Report on vaccination in the Province of Bengal - 1869-1873
Year: 1869
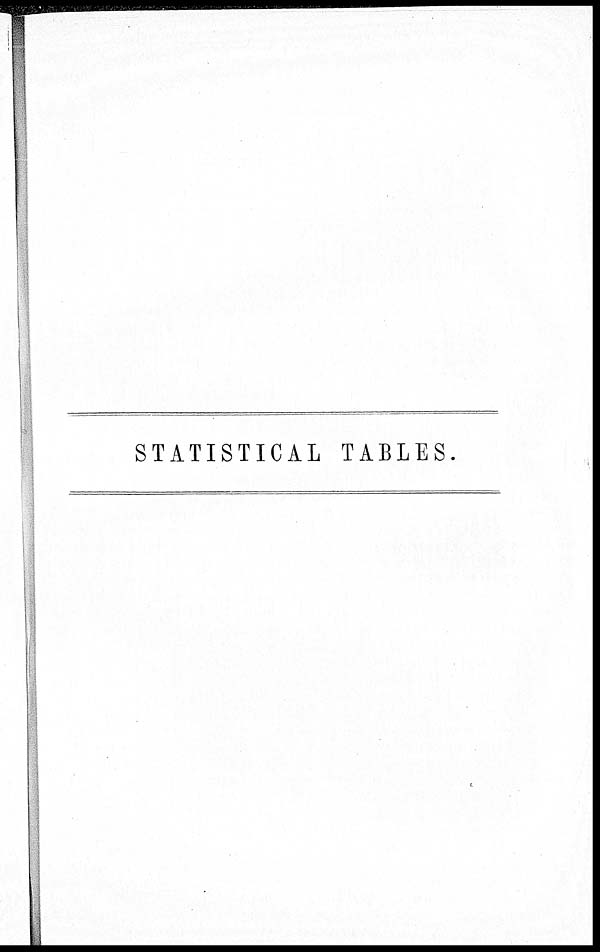
STATISTICAL TABLES.